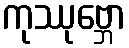
ကုဿုဗ္ဘော